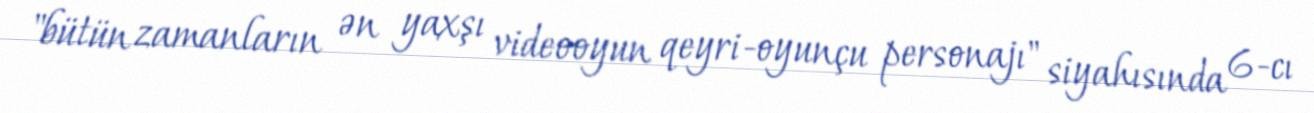
"bütün zamanların ən yaxşı videooyun qeyri-oyunçu personajı" siyahısında 6-cı